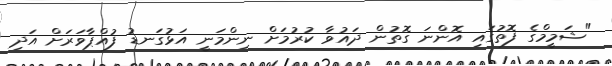
"ޝަމީމްގެ ފޮތުގައި އޮންނަ ގޮތުން ދައުވާ ކުރުމަށް ނިންމަނީ އަޅުގަނޑު ފުއްޕާވަރަށް އަދި